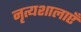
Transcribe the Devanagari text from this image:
नृत्यशालाएँ